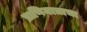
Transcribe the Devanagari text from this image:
प्राणिमात्राचा